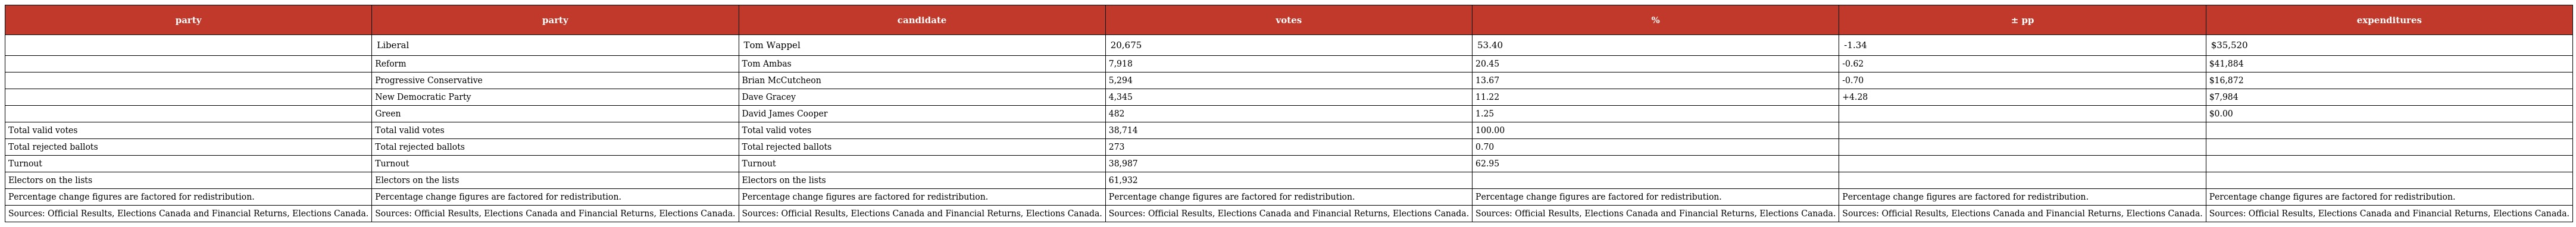
| party | party | candidate | votes | % | ± pp | expenditures |
 | --- | --- | --- | --- | --- | --- | --- |
 |  | Liberal | Tom Wappel | 20,675 | 53.40 | -1.34 | $35,520 |
 |  | Reform | Tom Ambas | 7,918 | 20.45 | -0.62 | $41,884 |
 |  | Progressive Conservative | Brian McCutcheon | 5,294 | 13.67 | -0.70 | $16,872 |
 |  | New Democratic Party | Dave Gracey | 4,345 | 11.22 | +4.28 | $7,984 |
 |  | Green | David James Cooper | 482 | 1.25 |  | $0.00 |
 | Total valid votes | Total valid votes | Total valid votes | 38,714 | 100.00 |  |  |
 | Total rejected ballots | Total rejected ballots | Total rejected ballots | 273 | 0.70 |  |  |
 | Turnout | Turnout | Turnout | 38,987 | 62.95 |  |  |
 | Electors on the lists | Electors on the lists | Electors on the lists | 61,932 |  |  |  |
 | Percentage change figures are factored for redistribution. | Percentage change figures are factored for redistribution. | Percentage change figures are factored for redistribution. | Percentage change figures are factored for redistribution. | Percentage change figures are factored for redistribution. | Percentage change figures are factored for redistribution. | Percentage change figures are factored for redistribution. |
 | Sources: Official Results, Elections Canada and Financial Returns, Elections Canada. | Sources: Official Results, Elections Canada and Financial Returns, Elections Canada. | Sources: Official Results, Elections Canada and Financial Returns, Elections Canada. | Sources: Official Results, Elections Canada and Financial Returns, Elections Canada. | Sources: Official Results, Elections Canada and Financial Returns, Elections Canada. | Sources: Official Results, Elections Canada and Financial Returns, Elections Canada. | Sources: Official Results, Elections Canada and Financial Returns, Elections Canada. |